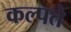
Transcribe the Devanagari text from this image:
कल्पते